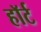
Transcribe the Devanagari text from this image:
हाॅर्ट